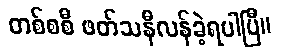
တစ်စစီ ဖတ်သနီလန်ခဲ့ရပါပြီ။